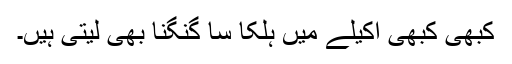
کبھی کبھی اکیلے میں ہلکا سا گنگنا بھی لیتی ہیں۔